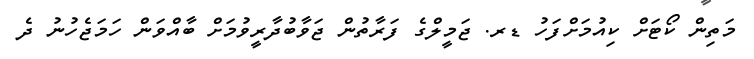
މަތިން ކޯޓަށް ކިއުމަށްފަހު ޑރ. ޖަމީލްގެ ފަރާތުން ޖަވާބުދާރީވުމަށް ބާއްވަން ހަމަޖެހުނު ދެ